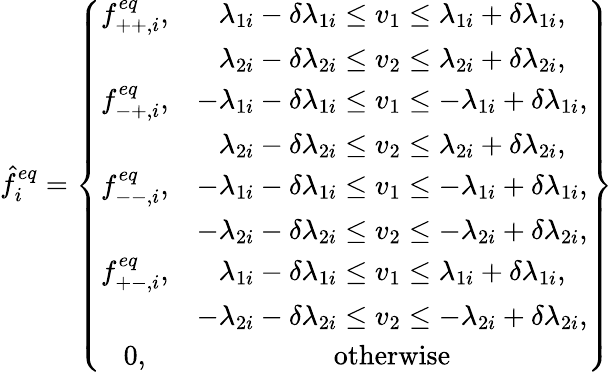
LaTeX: \hat{f}_{i}^{eq}=\left\{ \begin{array}{cc}{f_{++,i}^{eq},}&{\lambda_{1i}-\delta\lambda_{1i}\leq v_{1}\leq\lambda_{1i}+\delta\lambda_{1i},}\\ &{\lambda_{2i}-\delta\lambda_{2i}\leq v_{2}\leq\lambda_{2i}+\delta\lambda_{2i},}\\ {f_{-+,i}^{eq},}&{-\lambda_{1i}-\delta\lambda_{1i}\leq v_{1}\leq-\lambda_{1i}+\delta\lambda_{1i},}\\ &{\lambda_{2i}-\delta\lambda_{2i}\leq v_{2}\leq\lambda_{2i}+\delta\lambda_{2i},}\\ {f_{--,i}^{eq},}&{-\lambda_{1i}-\delta\lambda_{1i}\leq v_{1}\leq-\lambda_{1i}+\delta\lambda_{1i},}\\ &{-\lambda_{2i}-\delta\lambda_{2i}\leq v_{2}\leq-\lambda_{2i}+\delta\lambda_{2i},}\\ {f_{+-,i}^{eq},}&{\lambda_{1i}-\delta\lambda_{1i}\leq v_{1}\leq\lambda_{1i}+\delta\lambda_{1i},}\\ &{-\lambda_{2i}-\delta\lambda_{2i}\leq v_{2}\leq-\lambda_{2i}+\delta\lambda_{2i},}\\ {0,}&{\mathrm{otherwise}}\end{array}\right\}